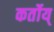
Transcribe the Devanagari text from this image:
कर्तोय्